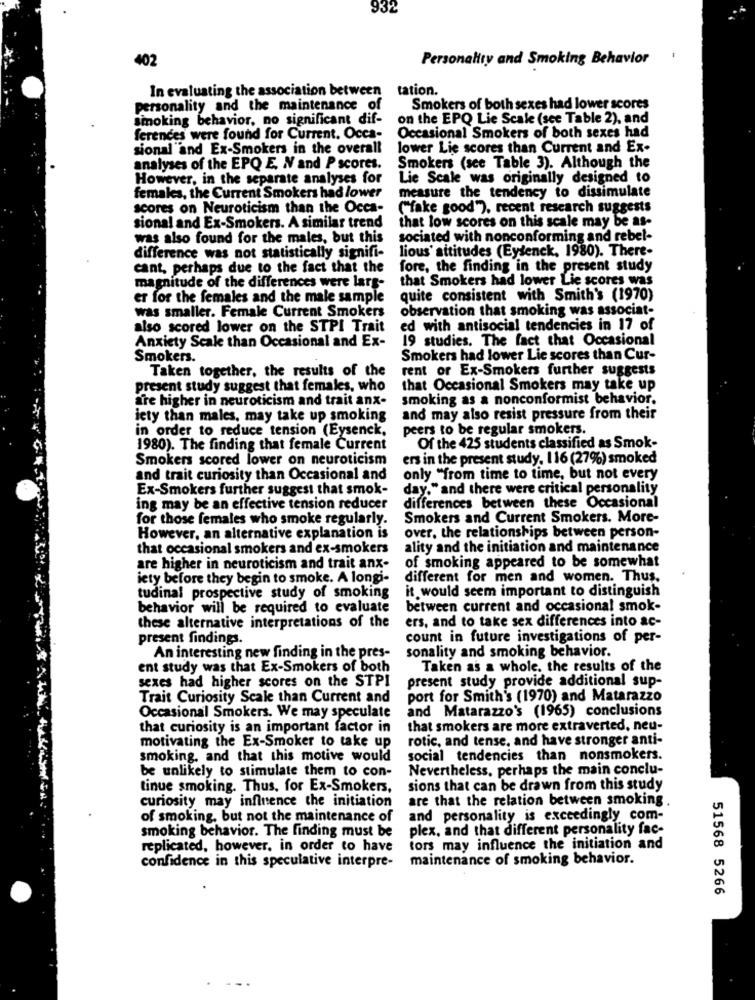
932
102
Personality and Smoking Behavior
In evaluating the association between tation.
personality and the maintenance of
Smokers of both sexes had lower scores
smoking behavior, no significant dif-
on the EPQ Lie Scale (see Table 2), and
ferences were found for Current. Occa-
Occasional Smokers of both sexes had
sional and Ex-Smokers in the overall
lower Lie scores than Current and Ex-
analyses of the EPQ E. N and P scores.
Smokers (see Table 3). Although the
However, in the separate analyses for
Lie Scale was originally designed to
females, the Current Smokers had lower
measure the tendency to dissimulate
scores on Neuroticism than the Occa-
(fake good"), recent research suggests
that low scores on this scale may be as-
sional and Ex-Smokers. A similar trend
was also found for the males, but this
sociated with nonconforming and rebel-
lious' attitudes (Eysenck, 1980). There-
difference was not statistically signifi-
cant, perhaps due to the fact that the
fore, the finding in the present study
that Smokers had lower Lie scores was
magnitude of the differences were lars-
er for the females and the male sample
quite consistent with Smith's (1970)
observation that smoking was associat-
was smaller. Female Current Smokers
also scored lower on the STPI Trait
ed with antisocial tendencies in 17 of
Anxiety Scale than Occasional and Ex-
19 studies. The fact that Occasional
Smokers.
Smokers had lower Lie scores than Cur-
rent or Ex-Smokers further suggests
Taken together, the results of the
present study suggest that females, who
that Occasional Smokers may take up
are higher in neuroticism and trait anx-
smoking as a nonconformist behavior.
iety than males, may take up smoking
and may also resist pressure from their
in order to reduce tension (Eysenck,
peers to be regular smokers
1980). The finding that female Current
Of the 425 students classified as Smok-
Smokers scored lower on neuroticism
ers in the present study. 116 (27%) smoked
and trait curiosity than Occasional and
only "from time to time, but not every
Ex-Smokers further suggest that smok-
day." and there were critical personality
ing may be an effective tension reducer
differences between these Occasional
for those females who smoke regularly.
Smokers and Current Smokers. More-
However, an alternative explanation is
over, the relationships between person-
that occasional smokers and ex-smokers
ality and the initiation and maintenance
are higher in neuroticism and trait anx-
of smoking appeared to be somewhat
iety before they begin to smoke. A longi-
different for men and women. Thus.
it would seem important to distinguish
tudinal prospective study of smoking
behavior will be required to evaluate
between current and occasional smok-
ers, and to take sex differences into ac-
these alternative interpretations of the
present findings.
count in future investigations of per-
An interesting new finding in the pres-
sonality and smoking behavior.
ent study was that Ex-Smokers of both
Taken as a whole. the results of the
sexes had higher scores on the STPI
present study provide additional sup-
Trait Curiosity Scale than Current and
port for Smith's (1970) and Matarazzo
and Matarazzo's (1965) conclusions
Occasional Smokers. We may speculate
that curiosity is an important factor in
that smokers are more extraverted, neu-
motivating the Ex-Smoker to take up
rotic, and tense, and have stronger anti-
smoking, and that this motive would
social tendencies than nonsmokers.
be unlikely to stimulate them to con-
Nevertheless, perhaps the main conclu-
tinue smoking. Thus, for Ex-Smokers,
sions that can be drawn from this study
curiosity may influence the initiation
are that the relation between smoking.
of smoking, but not the maintenance of
and personality is exceedingly com-
plex, and that different personality fac-
smoking behavior. The finding must be
replicated, however, in order to have
tors may influence the initiation and
maintenance of smoking behavior.
confidence in this speculative interpre-
51568 5266